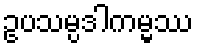
ဥပသမ္ပဒါကမ္မဿ